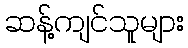
ဆန့်ကျင်သူများ